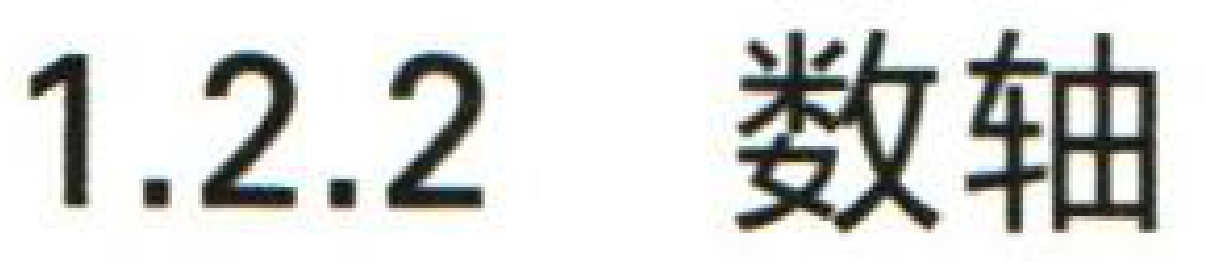
1.2.2  数轴